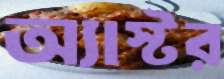
অ্যাস্টর